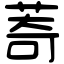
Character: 䓫